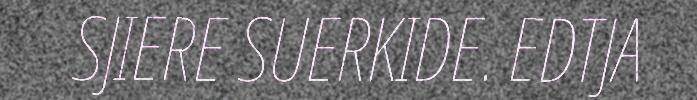
SJIERE SUERKIDE. EDTJA